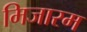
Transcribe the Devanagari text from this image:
मिजारम